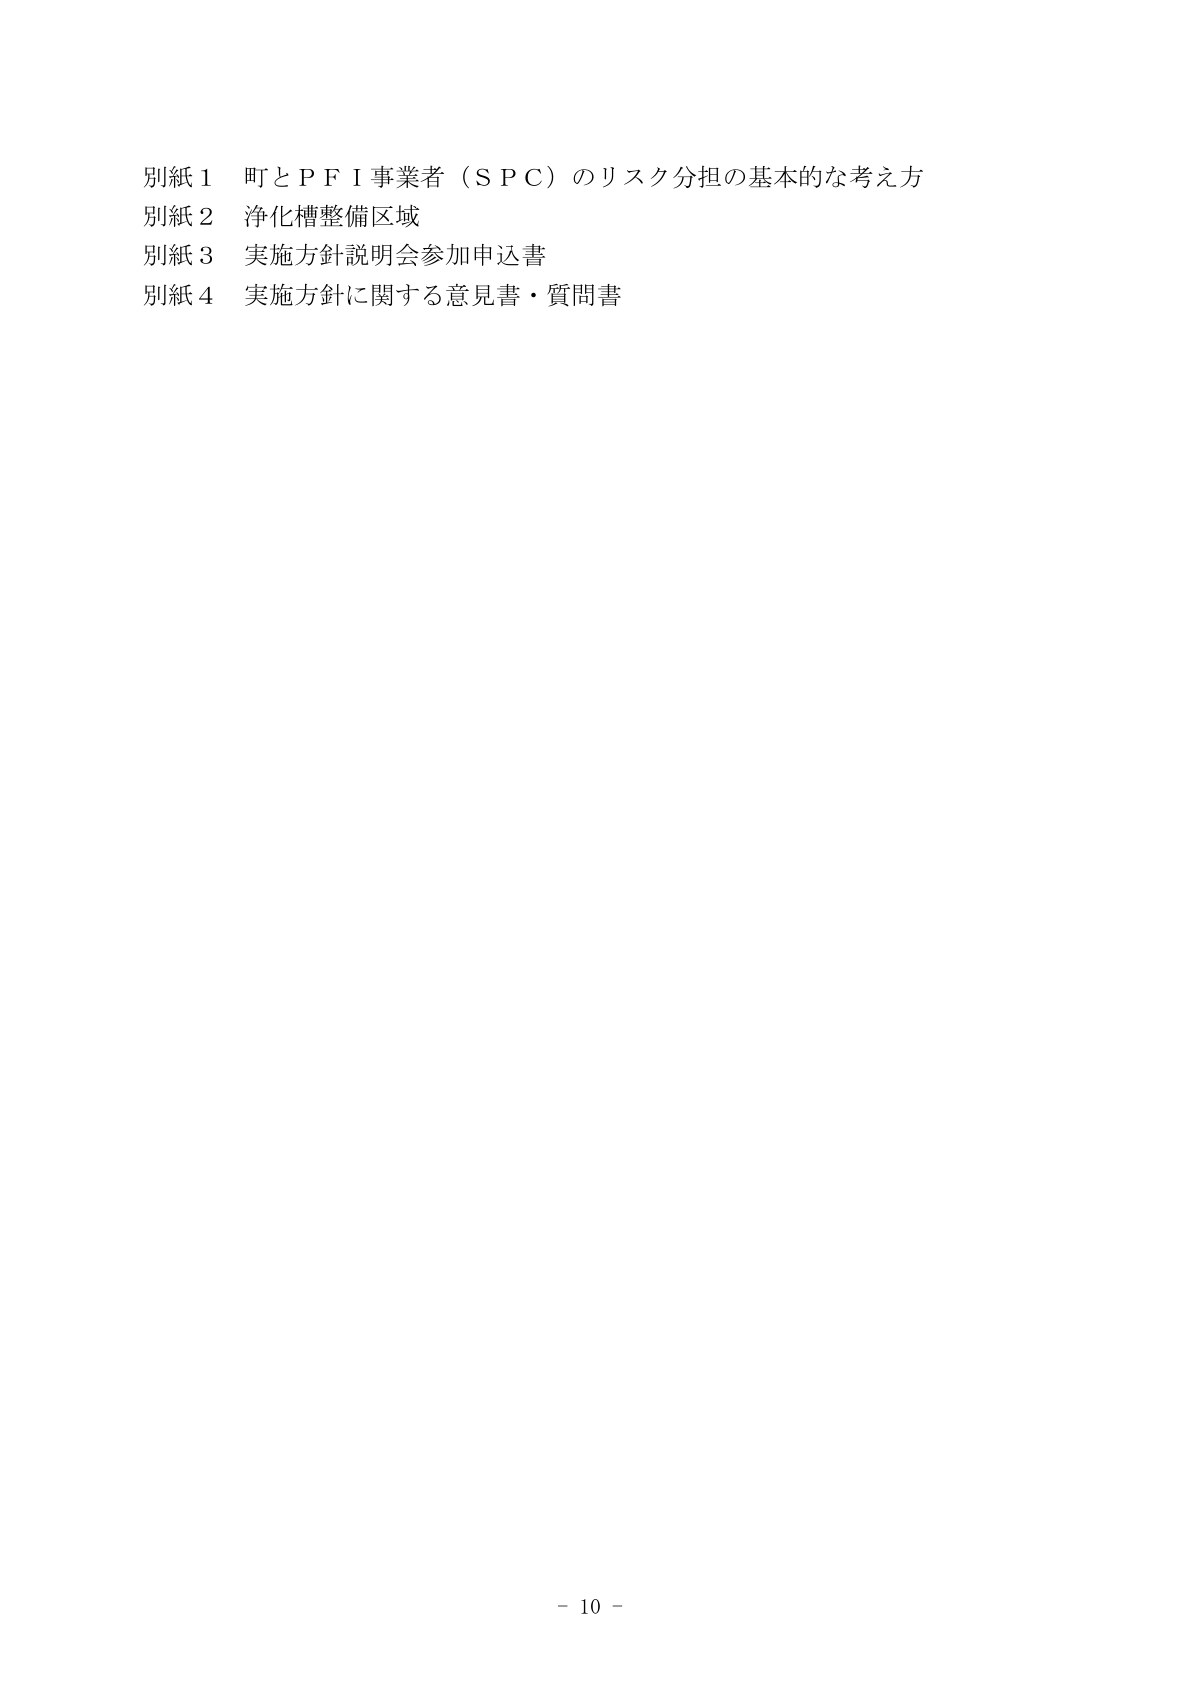
別紙１ 町とＰＦＩ事業者（ＳＰＣ）のリスク分担の基本的な考え方
別紙２ 浄化槽整備区域
別紙３ 実施方針説明会参加申込書
別紙４ 実施方針に関する意見書・質問書

－ 10 －